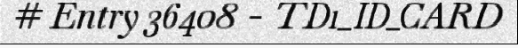
# Entry 36408 - TD1_ID_CARD